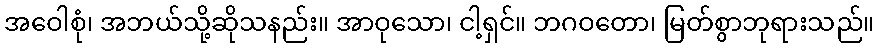
အဝေါစုံ၊ အဘယ်သို့ဆိုသနည်း။ အာဝုသော၊ ငါ့ရှင်။ ဘဂဝတော၊ မြတ်စွာဘုရားသည်။